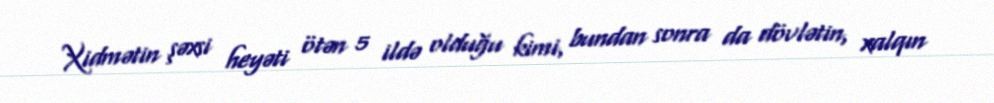
Xidmətin şəxsi heyəti ötən 5 ildə olduğu kimi, bundan sonra da dövlətin, xalqın